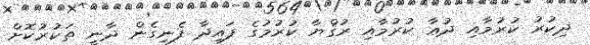
ޛިކުރު ކުރުމާއި ދުޢާ ކުރުމާއި ރުޤްޔާ ކުރުމުގެ ފައިދާ ފެނިގެން ދާނީ ތަކުރުކޮށް